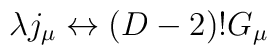
\lambda j_{\mu} \leftrightarrow (D-2)! G_{\mu}